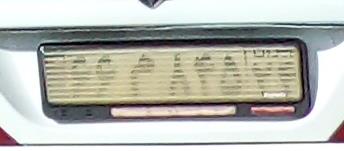
۶۶م۸۴۵۲۴